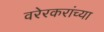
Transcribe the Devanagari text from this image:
वरेरकरांच्या